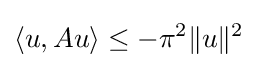
\langle u,Au\rangle \leq -\pi ^{2}\|u\|^{2}